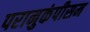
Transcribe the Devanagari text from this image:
परानुकंपीसम